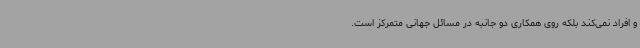
و افراد نمی‌کند بلکه روی همکاری دو جانبه در مسائل جهانی متمرکز است.